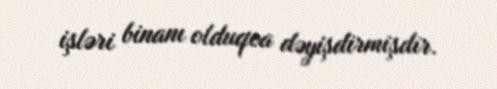
işləri binanı olduqca dəyişdirmişdir.